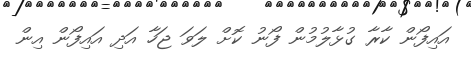
އައިފޯން ކާރާ ގުޅާލުމުން ފޯނު ކޮށް ލަވަ ޖަހާ އަދި އައިފޯން އިން